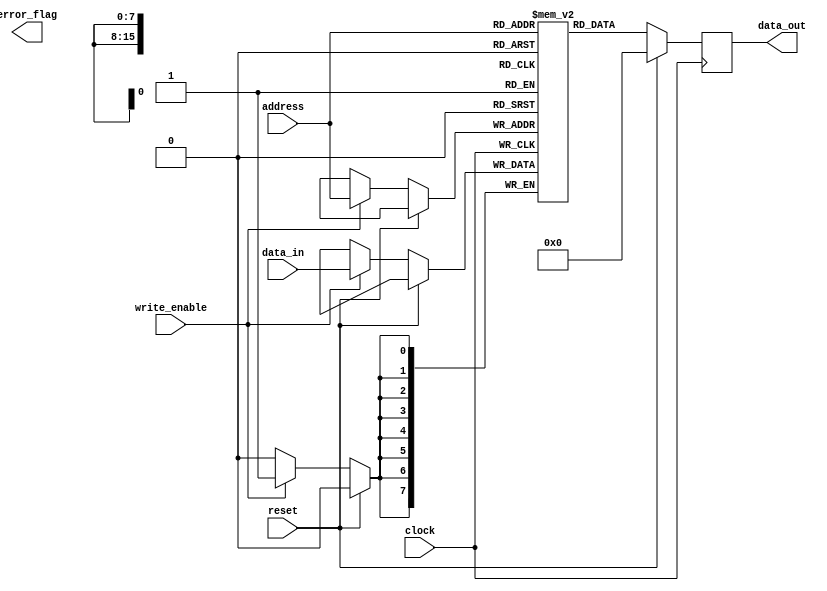
module flash_memory (
    input wire clock,
    input wire reset,
    input wire write_enable,
    input wire [15:0] address,
    input wire [7:0] data_in,
    output reg [7:0] data_out,
    output wire error_flag
);

reg [7:0] memory [0:65535];

always @(posedge clock) begin
    if (reset) begin
        data_out <= 8'h00;
    end else begin
        if (write_enable) begin
            memory[address] <= data_in;
        end
        data_out <= memory[address];
    end
end

// Error detection and correction mechanism
// Implement your error detection and correction code here

endmodule